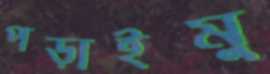
পড়াইমু